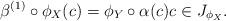
LaTeX: \begin{align*}\beta^{(1)} \circ \phi_X(c) = \phi_Y \circ \alpha(c) c \in J_{\phi_X}.\end{align*}